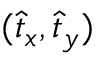
( \hat { t } _ { x } , \hat { t } _ { y } )